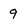
Character: 9